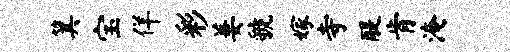
箕宝佯彩萋虢嫁寺醍肯淹